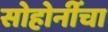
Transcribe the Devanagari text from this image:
सोहोनींंचा